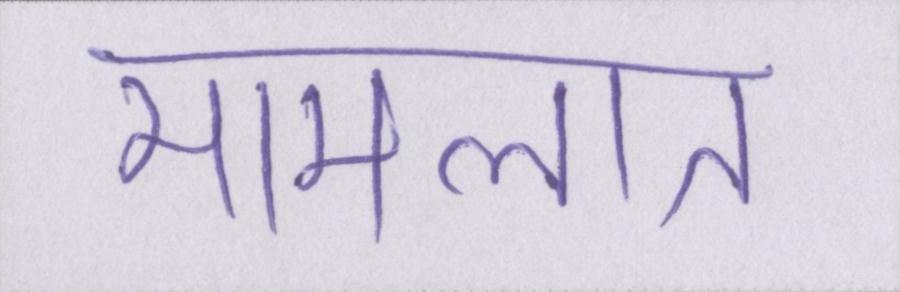
मामलात